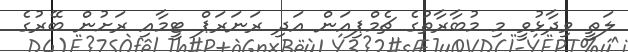
ލަތީ ވިދާޅުވީ މި މުބާރާތުގެ ޗެމްޕިއަން އަދި ރަނަރަޕް ޓީމާއި ރަށުން ބޭރުގެ